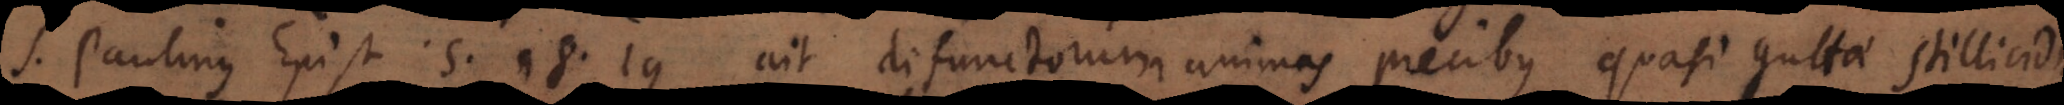
S. Paulinus Epist. 5. 18. 19. ait defunctorum animas precibus quasi guttae stillicidio